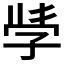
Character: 𭓇